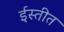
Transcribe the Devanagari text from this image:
ईस्तीत